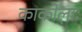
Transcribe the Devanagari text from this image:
काकोलाः